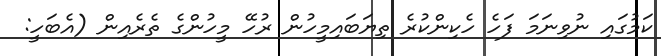
ކަމުގައި ނުވިނަމަ ފަހެ ހެކިންކުރެ ތިޔަބައިމީހުން ރުހޭ މީހުންގެ ތެރެއިން (އެބަހީ: